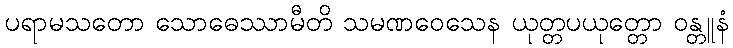
ပရာမသတော သောဓေဿာမီတိ သမဏဝေသေန ယုတ္တပယုတ္တော ဝန္တူနံ